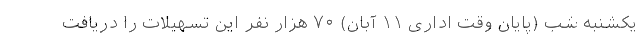
یکشنبه شب (پایان وقت اداری ۱۱ آبان) ۷۰ هزار نفر این تسهیلات را دریافت